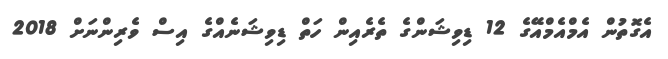
އެގޮތުން އެމްއެމްއޭގެ 12 ޑިވިޝަންގެ ތެރެއިން ހަތް ޑިވިޝަނެއްގެ އިސް ވެރިންނަށް 2018